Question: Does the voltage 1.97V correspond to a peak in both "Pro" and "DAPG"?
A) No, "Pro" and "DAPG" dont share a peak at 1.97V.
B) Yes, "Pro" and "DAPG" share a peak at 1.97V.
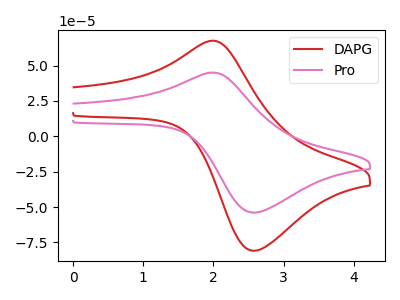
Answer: <think>The red curve "DAPG" has an anodic peak at (1.95V, 67.50uA) and a cathodic peak at (2.60V, -80.90uA). The pink curve "Pro" has an anodic peak at (1.95V, 45.00uA) and a cathodic peak at (2.60V, -53.95uA).</think>
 <answer>B) Yes, "Pro" and "DAPG" share a peak at 1.97V.</answer>
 <eval>B</eval>